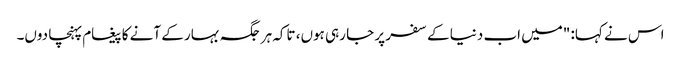
اس نے کہا: "میں اب دنیا کے سفر پر جا رہی ہوں، تاکہ ہر جگہ بہار کے آنے کا پیغام پہنچا دوں۔